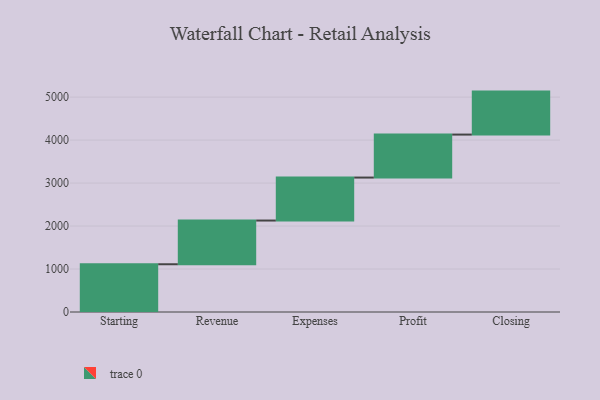
{"axis": {"x": "Step", "y": "Value"}, "legend": [""], "data": [{"x": "Starting", "y": 1111.0, "type": ""}, {"x": "Revenue", "y": 1017.0, "type": ""}, {"x": "Expenses", "y": 1000, "type": ""}, {"x": "Profit", "y": 1000, "type": ""}, {"x": "Closing", "y": 1000, "type": ""}]}